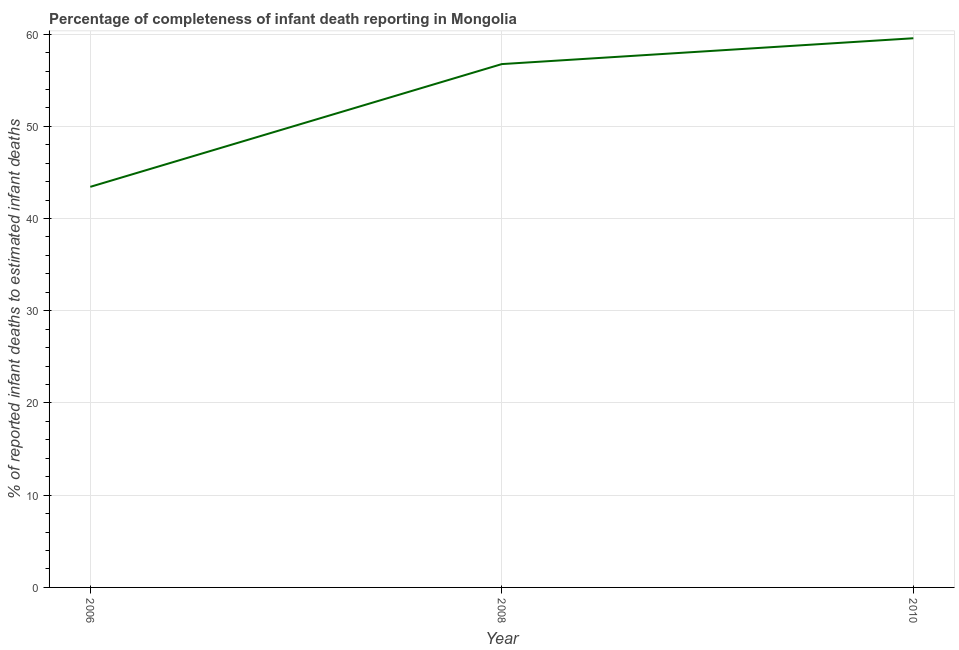
| Year | Completeness of infant death reporting |
 | --- | --- |
 | 2006 | 43.4 |
 | 2008 | 56.8 |
 | 2010 | 59.6 |